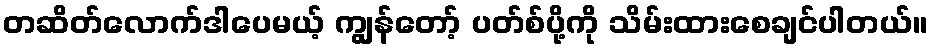
တဆိတ်လောက်ဒါပေမယ့် ကျွန်တော့် ပတ်စ်ပို့ကို သိမ်းထားစေချင်ပါတယ်။